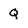
Character: Q